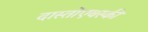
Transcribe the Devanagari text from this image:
दास्तोएवस्की